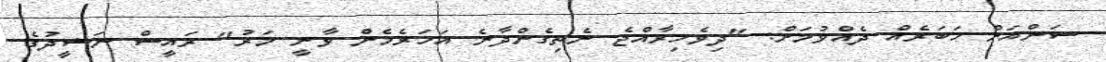
ސަންއަށް ޚަބަރެއް ދެއްވުމަށް: "ދިވެހިރާއްޖެ ނެތިގެންދާނެ އަހަރެމެން ވާނީ މަރު" ރައީސް ނަޝީދުގެ